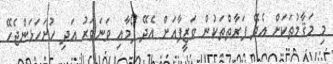
މި މަޤާމުތަކަށް އެދޭ ފަރާތްތަކުން ވަޒީފާއަށް އެދޭ ފޯމާއި ވަނަވަރު އަދި ހުށަހަޅަންޖެހޭ